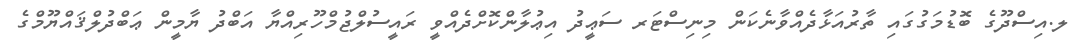
ލ.އިސްދޫގެ ބޮޑުމަގުގައި ތާރުއަޅާދެއްވާނެކަން މިނިސްޓަރ ސަޢީދު އިޢުލާންކޮށްދެއްވީ ރައީސުލްޖުމްހޫރިއްޔާ އަބްދު ޔާމީން ޢަބްދުލްޤައްޔޫމްގެ